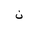
Letter: _non